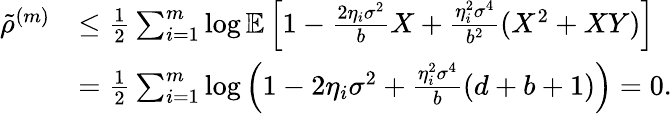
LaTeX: \begin{array}{rl}{\tilde{\rho}^{(m)}}&{\leq\frac{1}{2}\sum_{i=1}^{m}\log\mathbb{E}\left[1-\frac{2\eta_{i}\sigma^{2}}{b}X+\frac{\eta_{i}^{2}\sigma^{4}}{b^{2}}(X^{2}+XY)\right]}\\ &{=\frac{1}{2}\sum_{i=1}^{m}\log\left(1-2\eta_{i}\sigma^{2}+\frac{\eta_{i}^{2}\sigma^{4}}{b}(d+b+1)\right)=0.}\end{array}